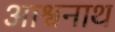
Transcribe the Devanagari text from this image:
आश्वनाथ